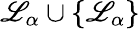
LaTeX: \mathscr{L}_{\alpha}\cup\{ \mathscr{L}_{\alpha}\}